Supplement to the account of plague administration in the Bombay Presidency from September 1896 till May 1897
Year: 1896
Disease focus: Plague
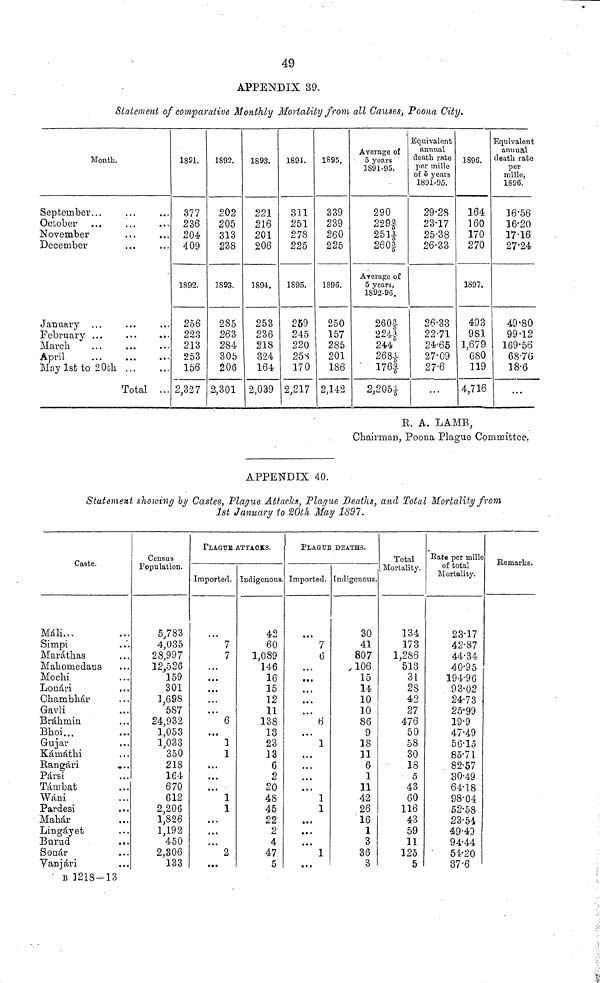
49
APPENDIX 39.
Statement of comparative Monthly Mortality from all Causes, Poona City,
E. A. LAMB,
Chairman, Poona Plague Committee.
APPENDIX 40.
Statement showing by Castes, Plague Attacks, Plague Deaths, and Total Mortality from
1st January to 20th May 1897.
Month.
September...
October
November
December
January ...
February ...
March
April
May 1st to 20th
...
...
...
...
...
...
...
Total
...
...
...
...
1891.
377
236
204
409
1892.
256
223
213
253
156
2,327
1892.
202
205
313
238
1893.
285
263
284
305
206
2,301
1893.
221
216
201
206
1894.
253
236
218
324
164
2,039
1891.
311
251
278
225
1895.
259
245
220
25S
170
2,217
1895.
339
239
260
225
1896.
250
157
285
201
186
2,142
Average of
5 years
1891-95.
290
229 2/5
2511/5
260 3/5
Average of
5 years,
1892-96.
260 3/5
224 1/5
244
268 1/5
176 2/5
2,205 1/5
Equivalent
annual
death rate
per millo
of 5 years
1891-95.
29·28
23·17
25·38
26·33
26·33
22·71
24·65
27·09
27·6
...
1896.
164
160
170
270
1897.
493
981
1,679
680
119
4,716
Equivalent
annual
death rate
per
mille,
1896.
16·56
16·20
17·16
27·24
49·80
99·12
169·56
68·76
18·6
...
Caste.
Mali...
Simpi
Maráthas
Maliomedans
Mochi
Lonári
Chambhár
Gavli
Brákinin
Bhoi...
Gujar
Kámáthi
Rangári
Pársi
Támbat
Wáni
Pardesi
Manár
Lingáyet
Burud
Sonár
Yanjári
...
...
...
...
...
...
...
...
...
...
...
...
...
...
...
...
...
...
...
...
B 1218-13
Census
Population.
5,783
4,035
28,997
12,526
159
301
1,698
587
24,932
1,053
1,033
350
218
164
670
612
2,206
1,826
1,192
450
2,306
133
PLAGUE ATTACKS.
Imported.
7
7
...
6
...
1
1
...
...
...
1
1
...
...
...
2
...
Indigenous.
42
60
1,089
146
16
15
12
11
138
13
23
13
6
2
20
48
45
22
2
4
47
5
PLAGUE
Imported.
...
7
6
...
...
...
...
...
...
1
...
...
...
...
1
1
...
...
...
1
...
DEATHS.
Indigenous.
30
41
807
106
15
14
10
10
86
9
18
11
6
1
11
42
26
16
1
3
36
3
Total
Mortality.
134
173
1,286
513
31
28
42
27
476
50
58
30
18
5
43
60
116
43
59
11
125
5
Bate per mille
of total
Mortality.
23·17
42·87
44·34
40·95
194·96
93·02
24·73
25·99
19·9
47·49
56·15
85·71
82·57
30·49
64·18
98·04
52·58
23·54
49·43
94·44
54·20
37·6
Remarks.